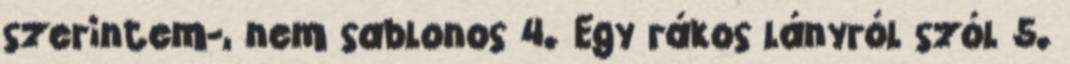
szerintem-, nem sablonos 4. Egy rákos lányról szól 5.